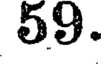
59.